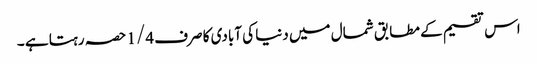
اس تقسیم کے مطابق شمال میں دنیا کی آبادی کا صرف 1/4 حصہ رہتا ہے ۔